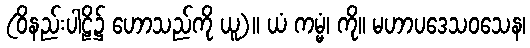
(ဝိနည်းပါဠိ၌ ဟောသည်ကို ယူ)။ ယံ ကမ္မံ၊ ကို။ မဟာပဒေသဝသေန၊